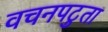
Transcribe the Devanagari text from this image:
वचनपटुता